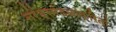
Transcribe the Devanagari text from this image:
नरेंद्रमंडळाकरितां